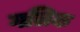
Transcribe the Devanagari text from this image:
गलिक